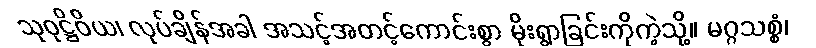
သုဝုဋ္ဌိဝိယ၊ လုပ်ချိန်အခါ အသင့်အတင့်ကောင်းစွာ မိုးရွာခြင်းကိုကဲ့သို့။ မဂ္ဂသစ္စံ၊